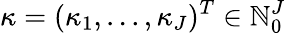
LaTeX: {\kappa}=({\kappa}_{1},...,{\kappa}_{J})^{T}\in\mathbb{N}_{0}^{J}